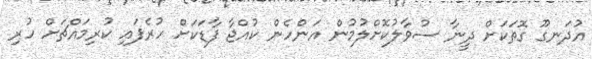
އުދަނގޫ ގޮތަކަށް ދީނާ ސުވާލުކޮށްލުމުން އަންހެެން ކުއްޖާ ފާޑަކަށް ހުރެފައި ކުރިމައްޗަށް ހުރި